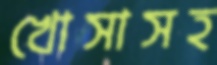
খোসাসহ